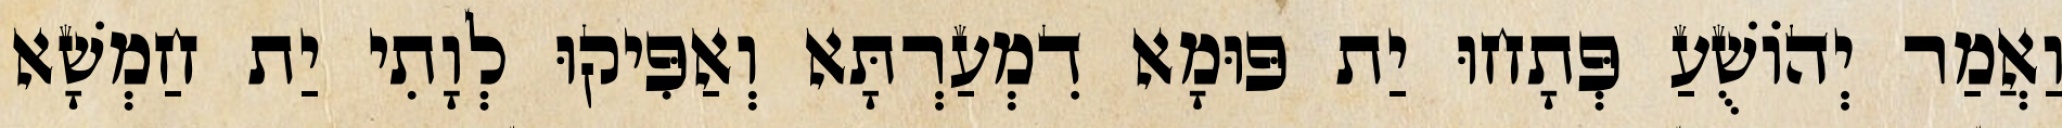
וַאֲמַר יְהוֹשֻׁעַ פְּתָחוּ יַת פּוּמָא דִמְעַרְתָּא וְאַפִּיקוּ לְוָתִי יַת חַמְשָׁא